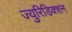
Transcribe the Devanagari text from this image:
ज्युरिडिक्शन